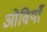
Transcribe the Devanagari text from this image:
ओवियाँ